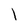
Character: l